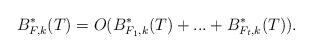
LaTeX: \begin{align*} B^*_{F,k}(T) = O(B^*_{F_1,k}(T)+...+ B^*_{F_t,k}(T)). \end{align*}